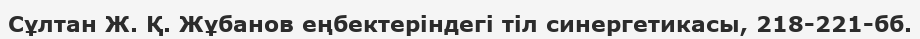
Сұлтан Ж. Қ. Жұбанов еңбектеріндегі тіл синергетикасы, 218-221-бб.